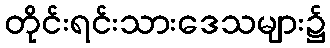
တိုင်းရင်းသားဒေသများ၌